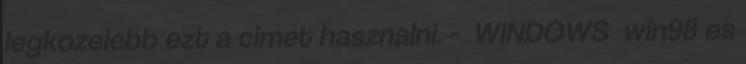
legkozelebb ezt a cimet hasznalni. - WINDOWS win98 es